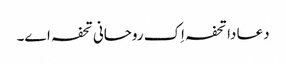
دعا دا تحفہ اِک روحانی تحفہ اے۔